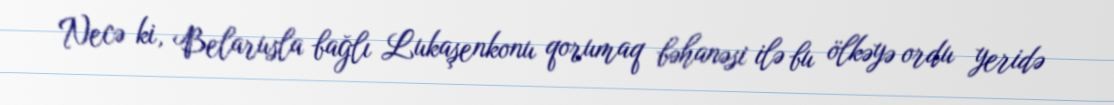
Necə ki, Belarusla bağlı Lukaşenkonu qorumaq bəhanəsi ilə bu ölkəyə ordu yeridə